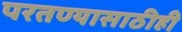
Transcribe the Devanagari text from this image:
परतण्यासाठीही